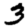
Digit: 3